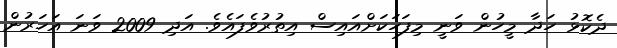
ދެކޮޅު ހަދާ މީހުން ވަނީ މިފަހަކަށްއައިސް އިތުރުވެފައެވެ. އަދި 2009 ވަނަ އަހަރުން